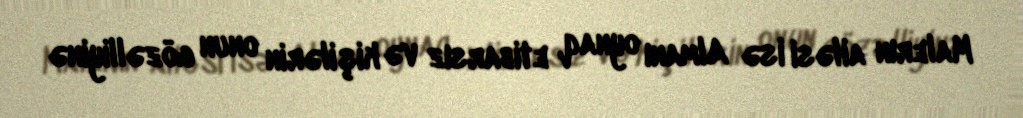
Malerın ailəsi isə Almanı oynaq, etibarsız və kişilərin onun gözəlliyinə